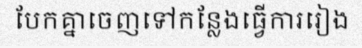
បែកគ្នាចេញទៅកន្លែងធ្វើការរៀង